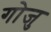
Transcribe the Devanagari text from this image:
गोजु